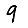
Digit: 9